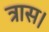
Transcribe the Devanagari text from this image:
त्रास।